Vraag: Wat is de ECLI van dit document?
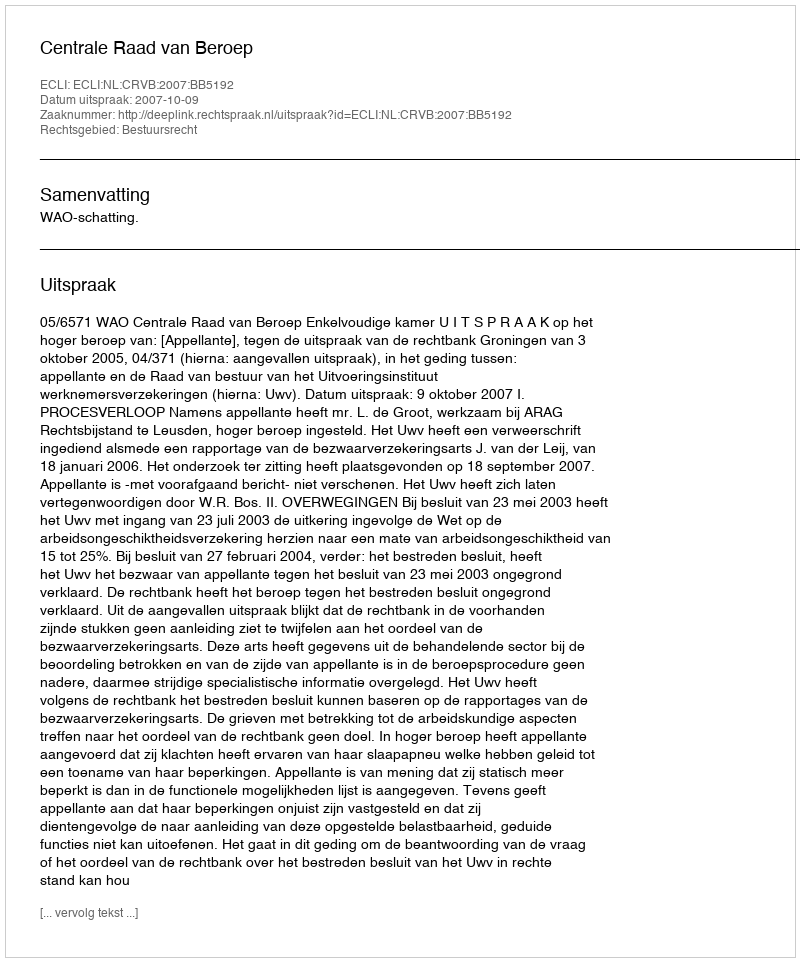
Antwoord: ECLI:NL:CRVB:2007:BB5192